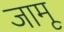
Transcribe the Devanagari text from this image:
जामू